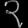
Digit: ၃